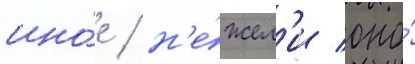
ино́е / н'е́жел'и оно́